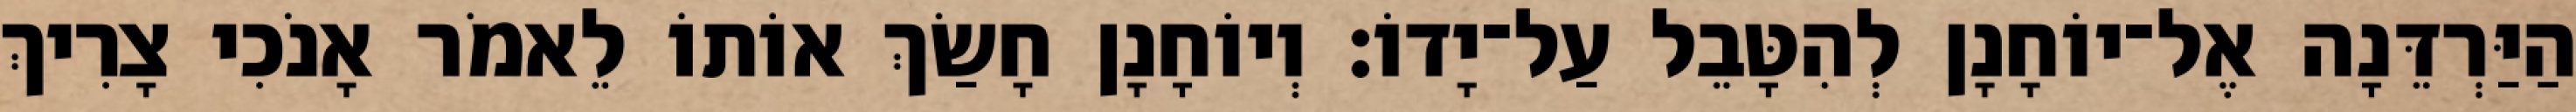
הַיַּרְדֵּנָה אֶל־יוֹחָנָן לְהִטָּבֵל עַל־יָדוֹ׃ וְיוֹחָנָן חָשַׂךְ אוֹתוֹ לֵאמֹר אָנֹכִי צָרִיךְ